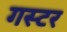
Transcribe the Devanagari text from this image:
गस्टर